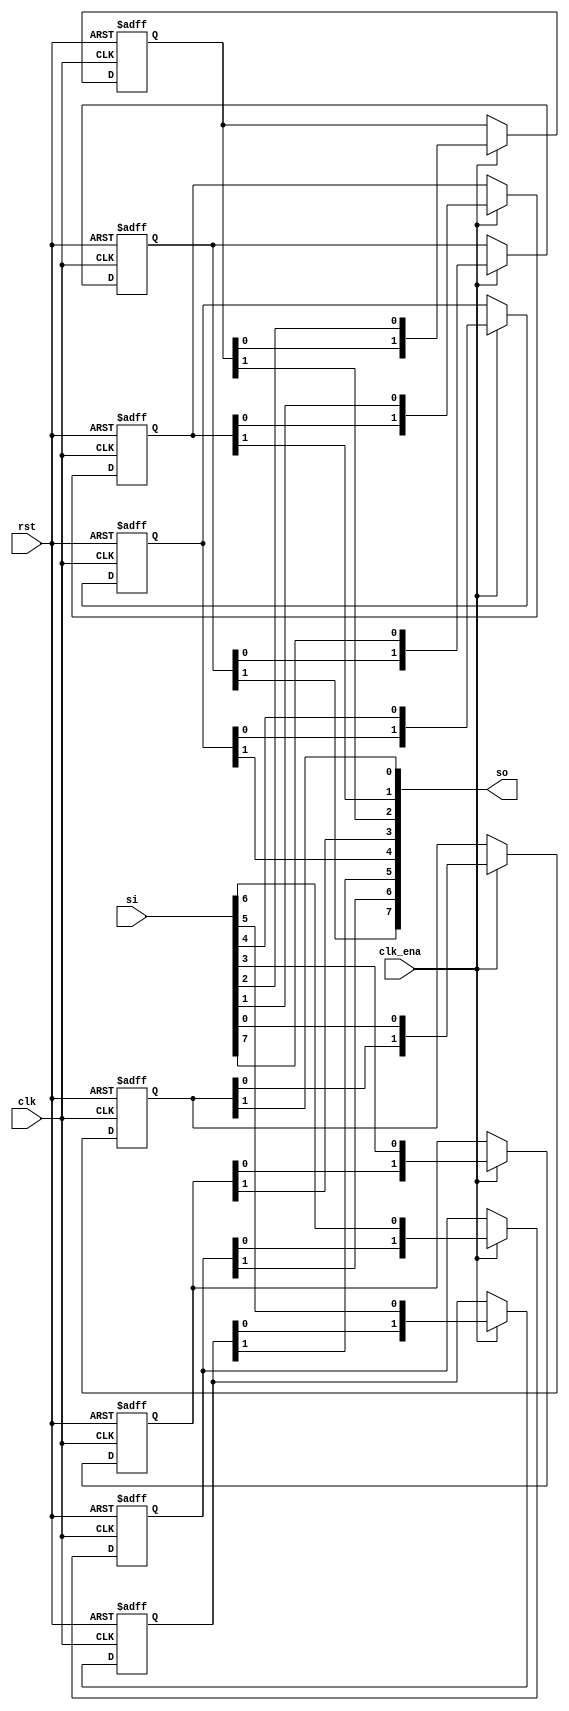
module v_shift_registers(
  clk, rst, clk_ena, 
  si, so
);
  parameter DELAY = 1;  
  parameter WIDTH = 8;
  input clk, rst, clk_ena;
  input [WIDTH-1:0] si;  
  output [WIDTH-1:0] so;
  reg [DELAY+1-1:0] tmp [WIDTH-1:0];  
  integer i;  
  always @(posedge clk or posedge rst)
    begin
    if(rst) begin
        for(i = 0; i < WIDTH; i = i+1) begin 
      tmp[i] = 'b0; 
      end
    end
      else if(clk_ena) begin
        for(i = 0; i < WIDTH; i = i+1) begin
      tmp[i] = {tmp[i][DELAY+1-2:0], si[i]}; 
      end 
    end  
  end
  genvar g;
  generate for(g = 0; g < WIDTH; g = g+1) begin : asfas
    assign so[g] = tmp[g][DELAY+1-1];
  end endgenerate
endmodule